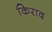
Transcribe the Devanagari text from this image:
किराद